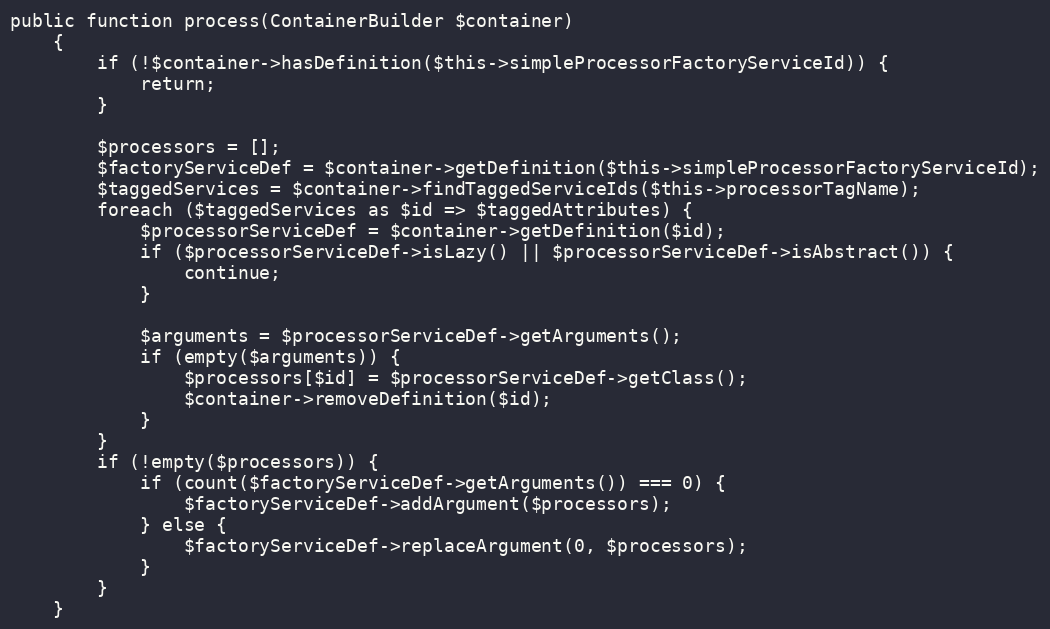
Language: PHP
public function process(ContainerBuilder $container)
    {
        if (!$container->hasDefinition($this->simpleProcessorFactoryServiceId)) {
            return;
        }

        $processors = [];
        $factoryServiceDef = $container->getDefinition($this->simpleProcessorFactoryServiceId);
        $taggedServices = $container->findTaggedServiceIds($this->processorTagName);
        foreach ($taggedServices as $id => $taggedAttributes) {
            $processorServiceDef = $container->getDefinition($id);
            if ($processorServiceDef->isLazy() || $processorServiceDef->isAbstract()) {
                continue;
            }

            $arguments = $processorServiceDef->getArguments();
            if (empty($arguments)) {
                $processors[$id] = $processorServiceDef->getClass();
                $container->removeDefinition($id);
            }
        }
        if (!empty($processors)) {
            if (count($factoryServiceDef->getArguments()) === 0) {
                $factoryServiceDef->addArgument($processors);
            } else {
                $factoryServiceDef->replaceArgument(0, $processors);
            }
        }
    }